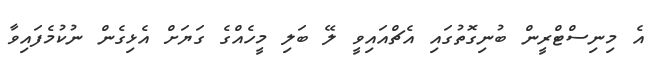
އެ މިނިސްޓްރީން ބުނިގޮތުގައި އެޗްއައިވީ ލޭ ބަލި މީހެއްގެ ގަޔަށް އެޅިގެން ނުކުމެފައިވާ